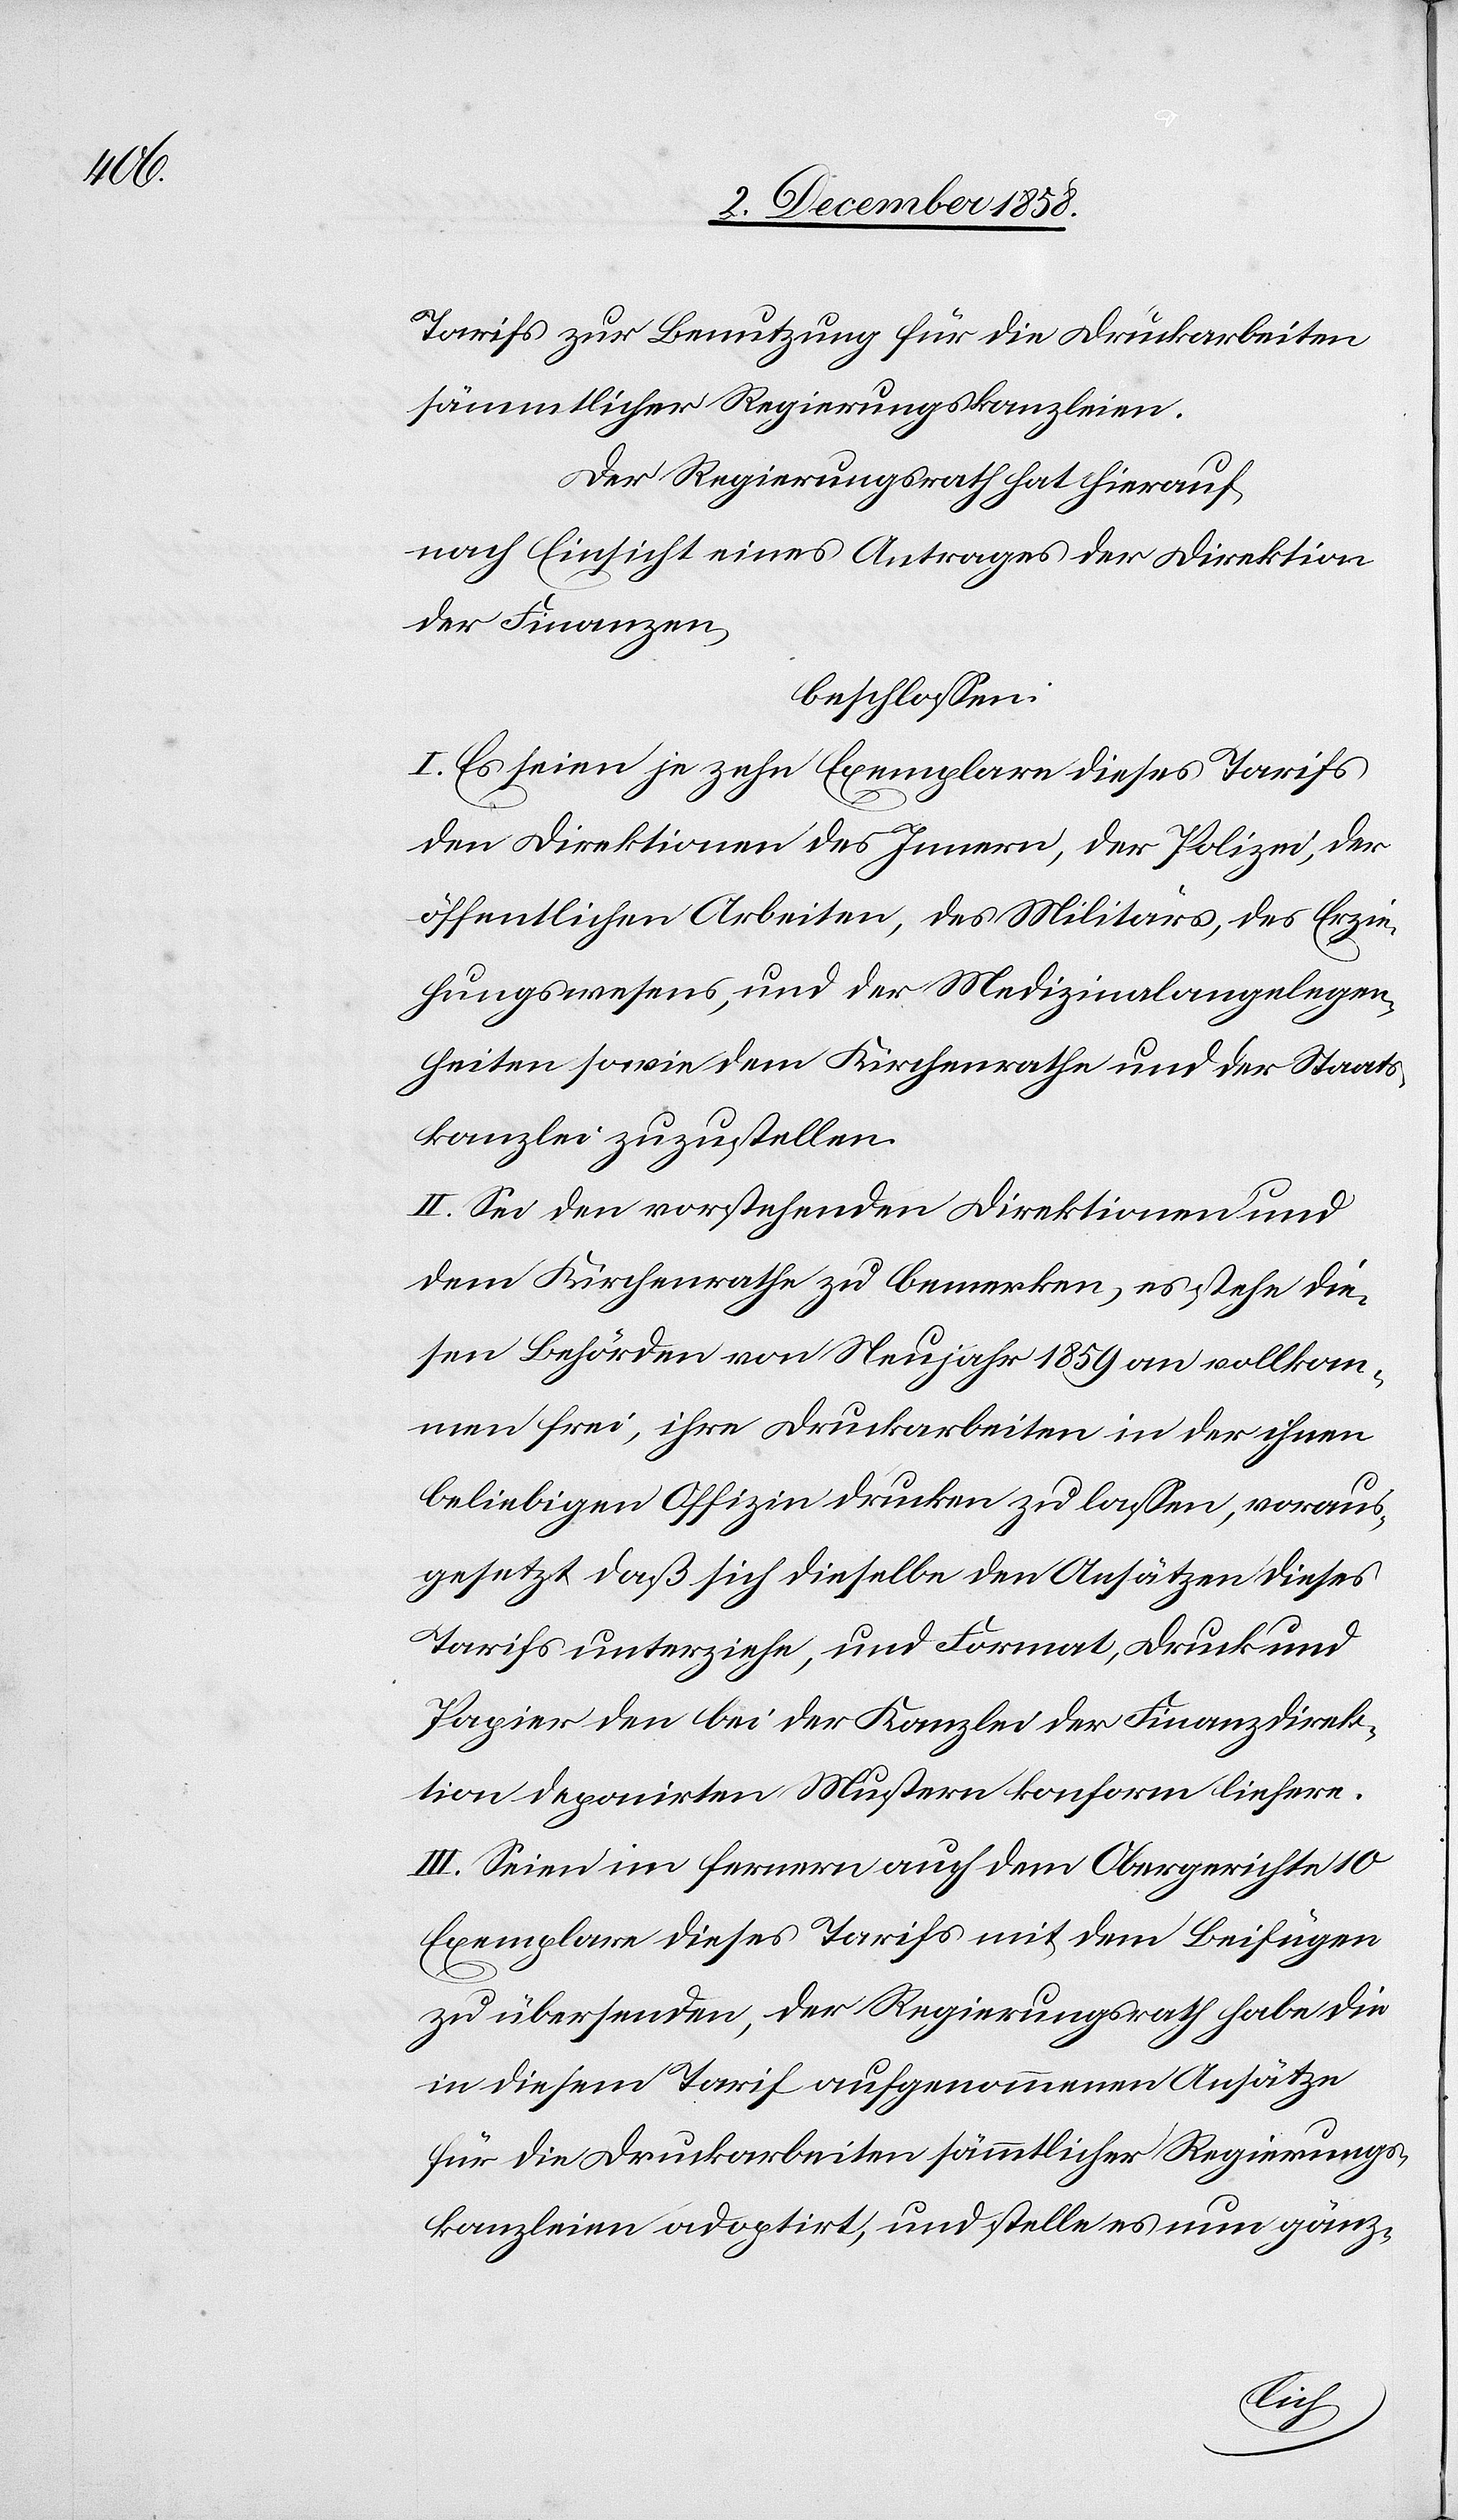
Tarifs zur Benutzung für die Druckarbeiten
sämmtlicher Regierungskanzleien.
Der Regierungsrath hat hierauf,
nach Einsicht eines Antrages der Direktion
der Finanzen,
beschlossen:
I. Es seien je zehn Exemplare diesesTarifs
den Direktionen des Innern, der Polizei, der
öffentlichen Arbeiten, des Militärs, des Erzie¬
hungswesens, und der Medizinalangelegen¬
heiten sowie dem Kirchenrathe und der Staats¬
kanzlei zuzustellen.
II. Sei den vorstehenden Direktionen und
dem Kirchenrathe zu bemerken, es stehe die¬
sen Behörden von Neujahr 1859 an vollkom¬
men frei, ihre Druckarbeiten in der ihnen
beliebigen Offizin drucken zu lassen, voraus¬
gesetzt daß sich dieselbe den Ansätzen dieses
Tarifs unterziehe, und Format, Druck und
Papier den bei der Kanzlei der Finanzdirek¬
tion deponirten Mustern konform liefere.
III. Seien im fernern auch dem Obergerichte 10
Exemplare dieses Tarifs mit dem Beifügen
zu übersenden, der Regierungsrath habe die
in diesem Tarif aufgenommenen Ansätze
für die Druckarbeiten sämmtlicher Regierungs¬
kanzleien adoptirt, und stelle es nun gänz-